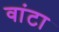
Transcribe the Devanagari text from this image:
वांटा